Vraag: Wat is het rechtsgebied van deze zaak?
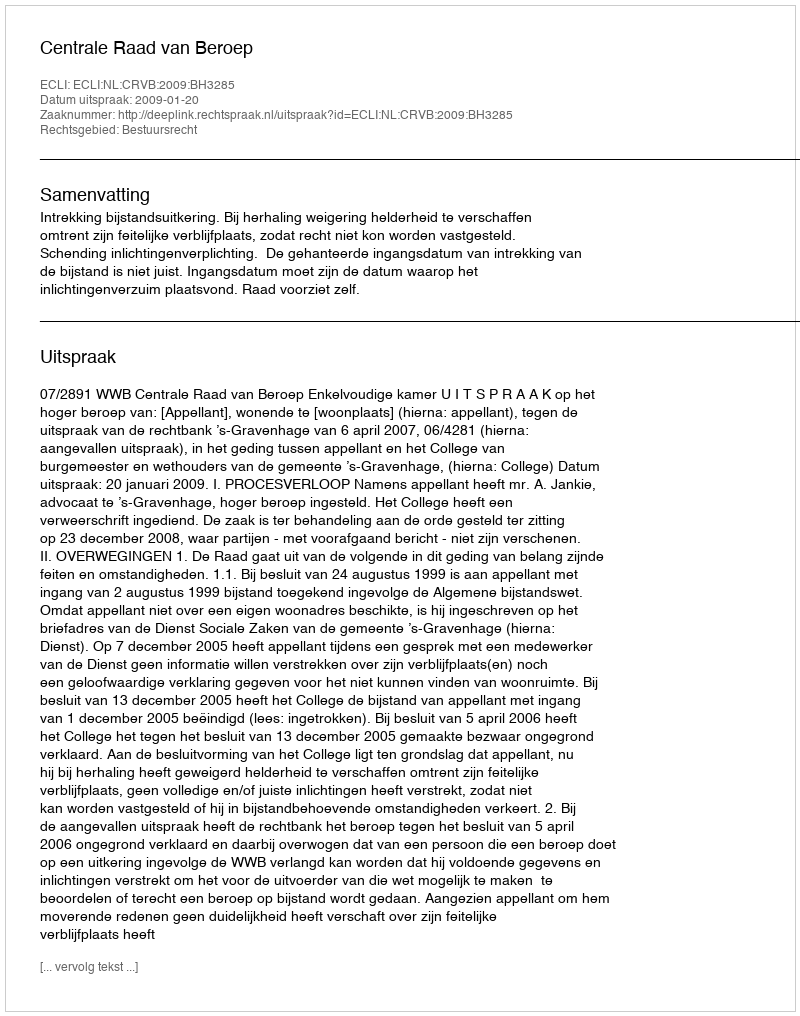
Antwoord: Bestuursrecht